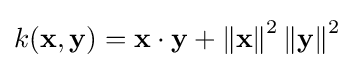
k(\mathbf {x} ,\mathbf {y} )=\mathbf {x} \cdot \mathbf {y} +\left\|\mathbf {x} \right\|^{2}\left\|\mathbf {y} \right\|^{2}